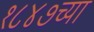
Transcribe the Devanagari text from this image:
१८४७च्या